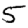
Digit: 5